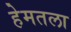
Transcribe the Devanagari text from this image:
हेमतला